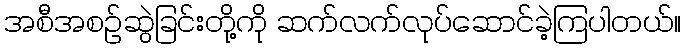
အစီအစဉ်ဆွဲခြင်းတို့ကို ဆက်လက်လုပ်ဆောင်ခဲ့ကြပါတယ်။